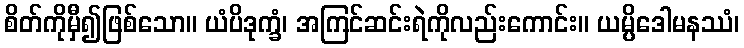
စိတ်ကိုမှီ၍ဖြစ်သော။ ယံပိဒုက္ခံ၊ အကြင်ဆင်းရဲကိုလည်းကောင်း။ ယမ္ပိဒေါမနဿံ၊